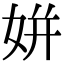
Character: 姘